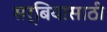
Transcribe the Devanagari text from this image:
सर्बियासाठी